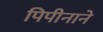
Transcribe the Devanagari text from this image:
पिपीनाने